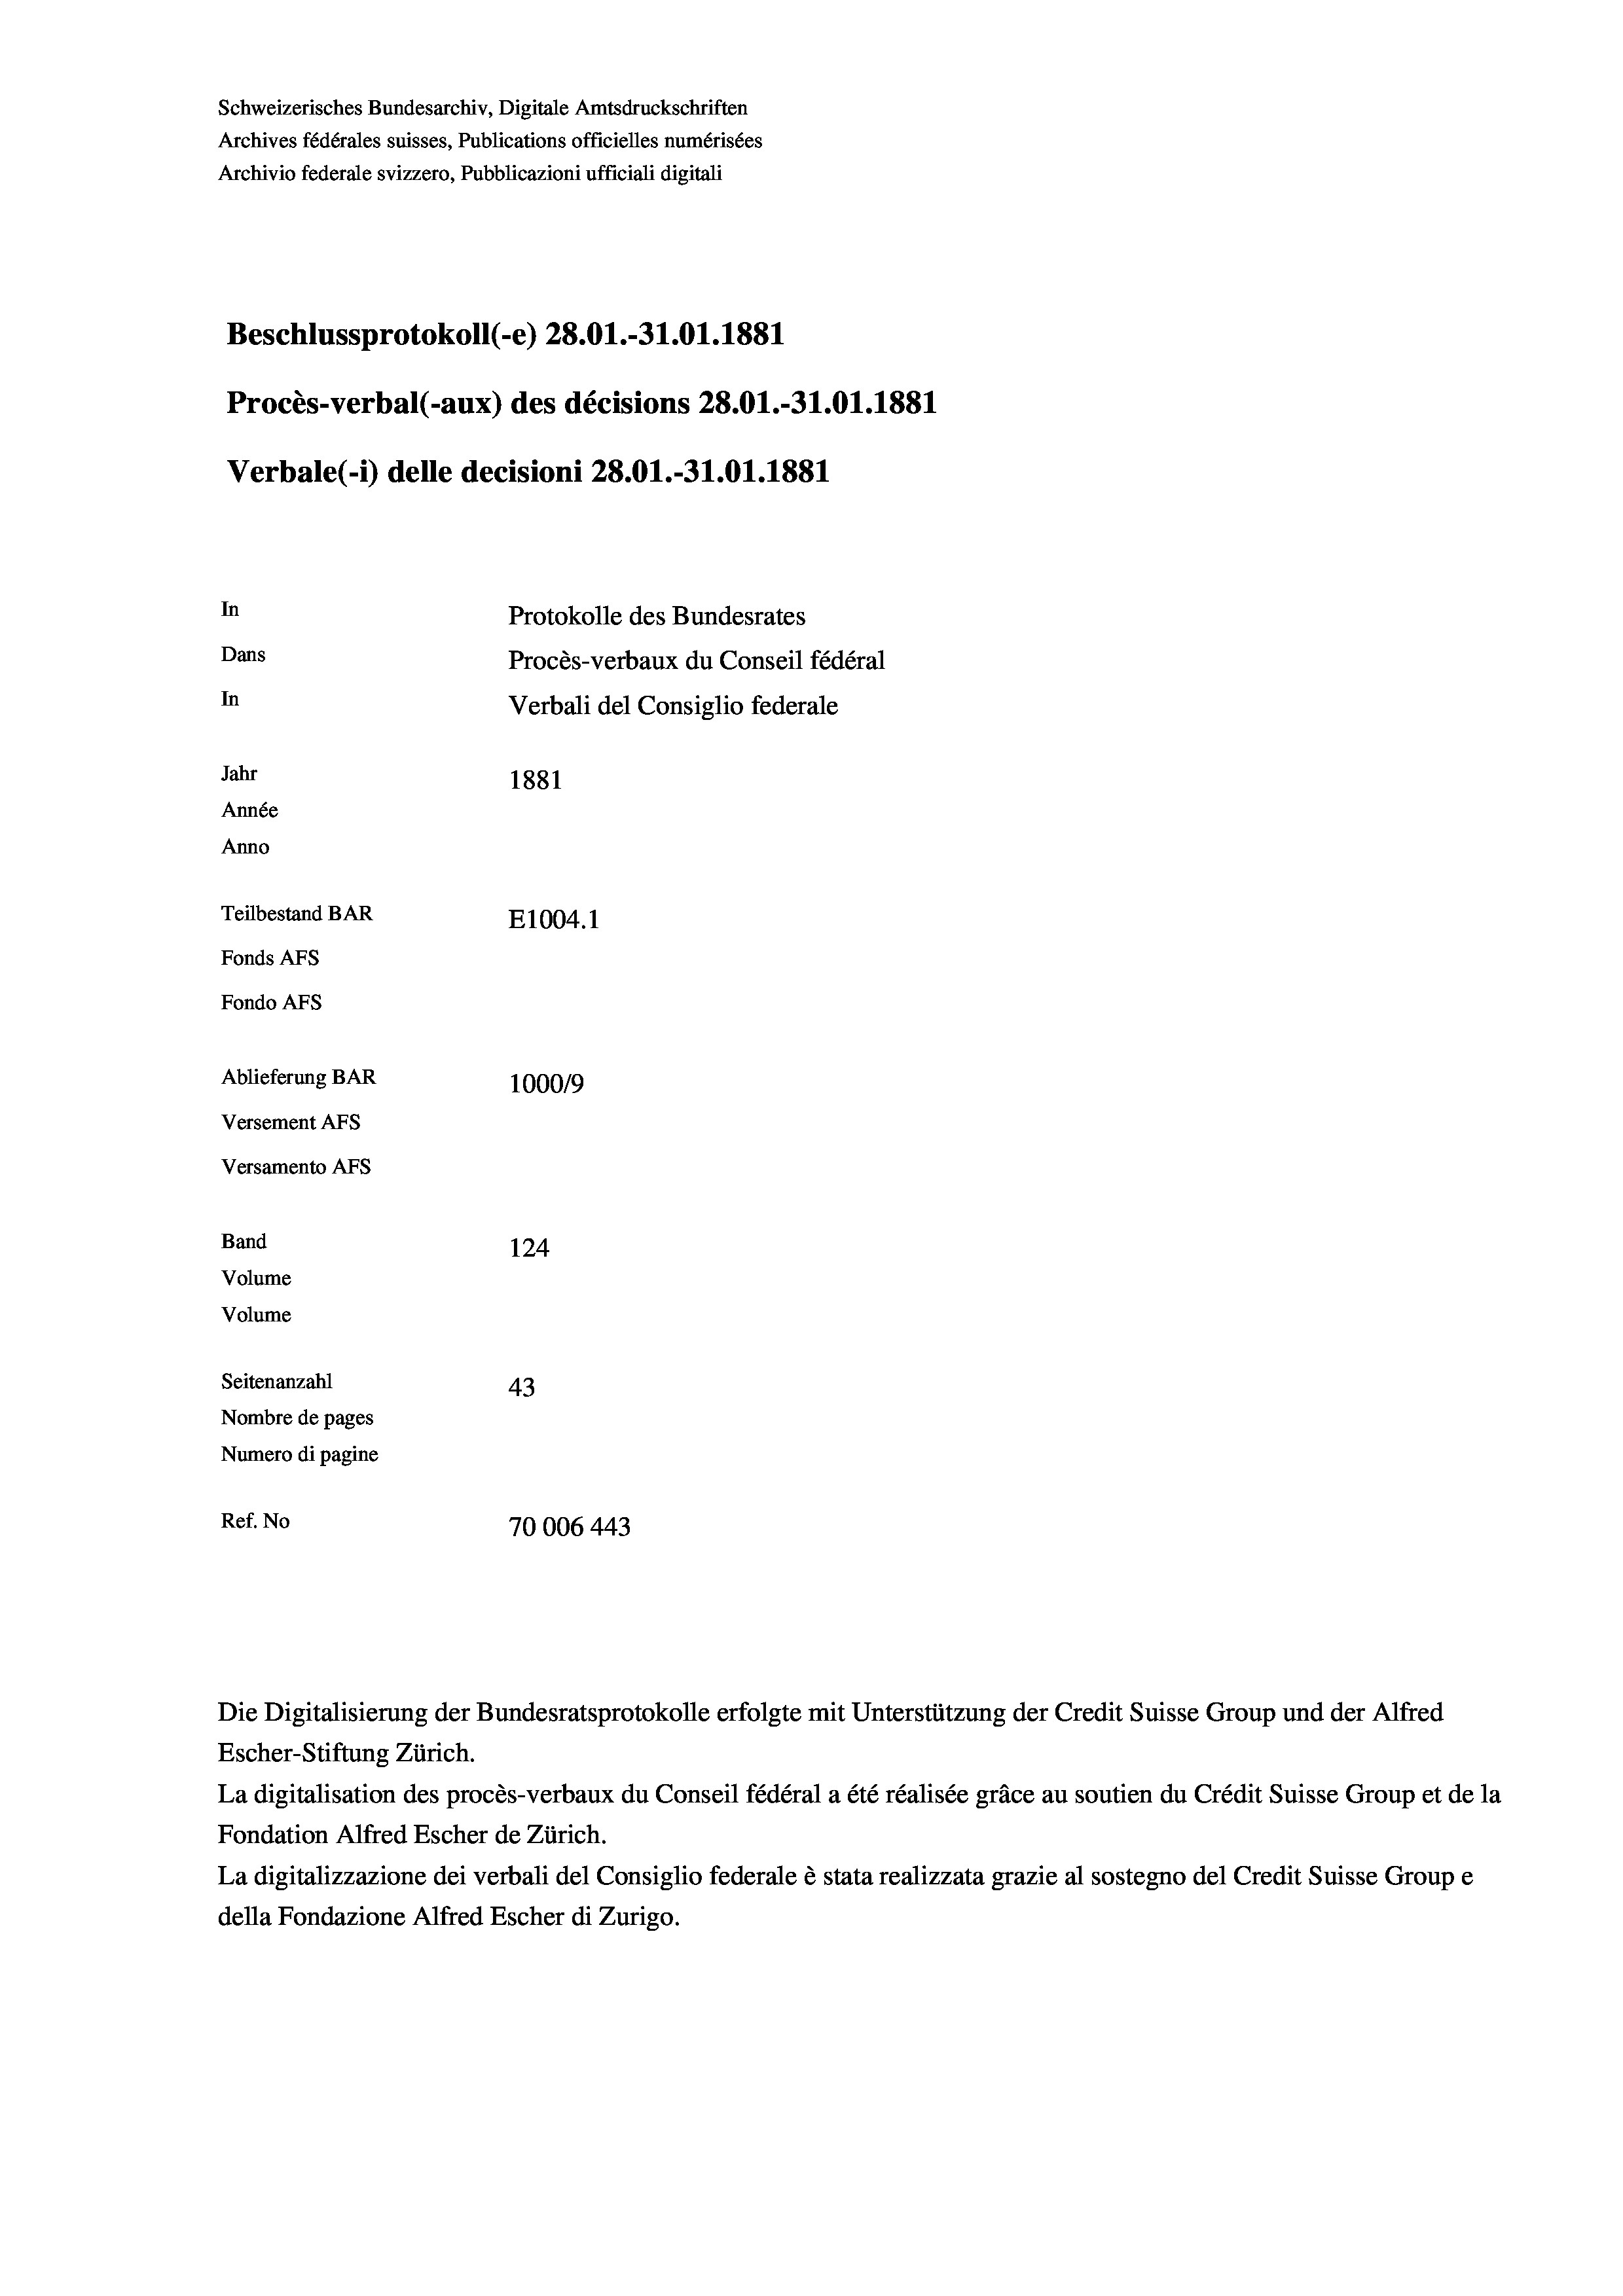
Schweizerisches Bundesarchiv, Digitale Amtsdruckschriften
Archives fédérales suisses, Publications officielles numérisées
Archivio federale svizzero, Pubblicazioni ufficiali digitali
Beschlussprotokoll (-e) 28.01.-31.01. 1881
Procès-verbal (-aux) des décisions 28.01.-31.01.1881
Verbale (- 1) delle decisioni 28.01.-31.01.1881
In
Protokolle des Bundesrates
Dans
Procès-verbaux du Conseil fédéral
In
Verbali del Consiglio federale
Jahr
1881
Année
Anno
Teilbestand BAR
E1004. 1
Fonds AFs
Fondo Afs
Ablieferung BAR
100019
Versement AFs
Versamento AFs
Band
124
Volume
Volume
Seitenanzahl
43
Nombre de pages
Numero di pagine
Ref. No
70006 443

Escher-Stiftung Zürich.
La digitalisation des procès-verbaux du Conseil fédéral a été réalisée gräce au soutien du Crédit Suisse Group et de la
Fondation Alfred Escher de Zürich.
La digitalizzazione dei verbali del Consiglio federale è stata realizzata grazie al sostegno del Credit Suisse Groupe
della Fondazione Alfred Escher di Zurigo.

Die Digitalisierung der Bundesratsprotokolle erfolgte mit Unterstützung der Credit Suisse Group und der Alfred